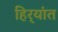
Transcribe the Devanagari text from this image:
हिर्‍यांत